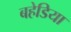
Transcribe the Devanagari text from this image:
बहेडिया